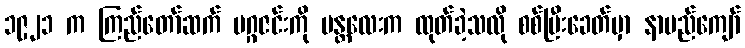
၁၉၂၁ က ကြည်တော်ဆက် မဂ္ဂဇင်းကို မန္တလေးက ထုတ်ခဲ့သလို စစ်ပြီးခေတ်မှာ နာမည်ကျော်